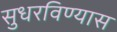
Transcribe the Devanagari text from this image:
सुधरविण्यास